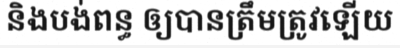
និងបង់ពន្ធ ឲ្យបានត្រឹមត្រូវឡើយ